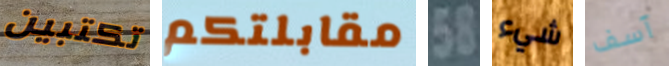
تكتبين مقابلتكم 58 شيء آسف